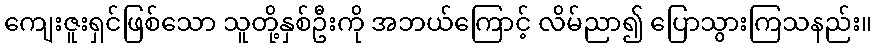
ကျေးဇူးရှင်ဖြစ်သော သူတို့နှစ်ဦးကို အဘယ်ကြောင့် လိမ်ညာ၍ ပြောသွားကြသနည်း။